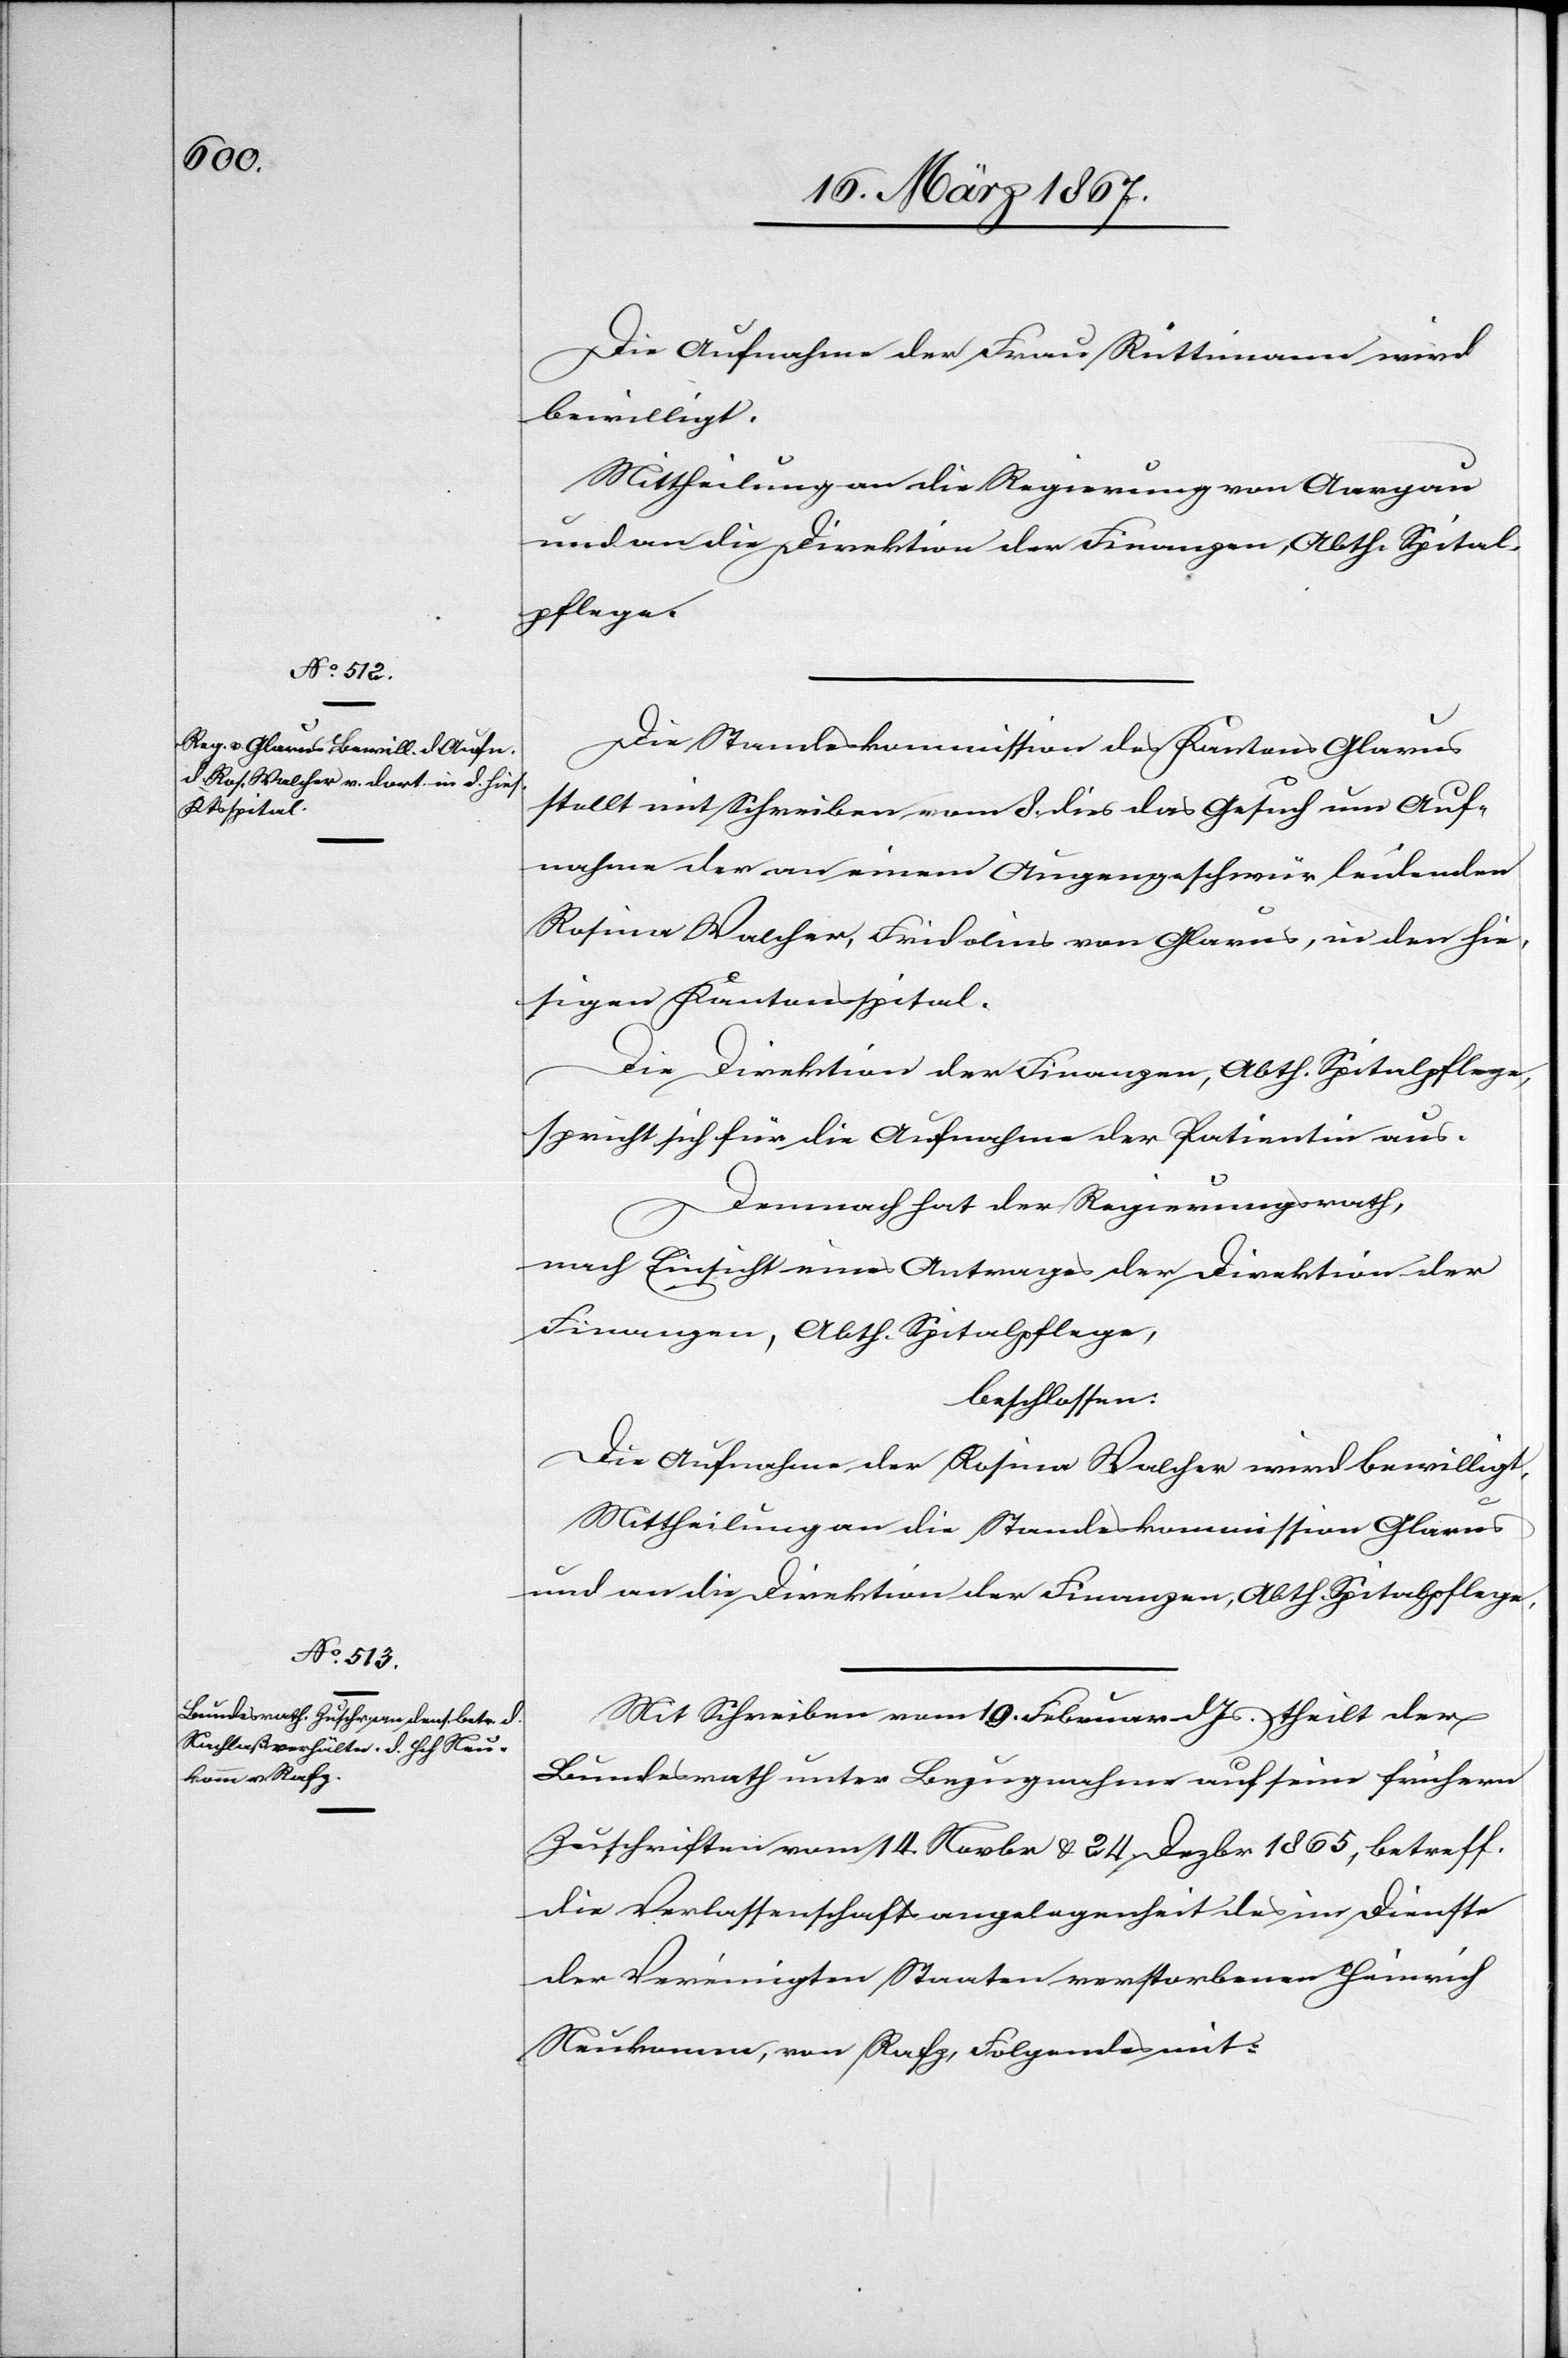
Die Aufnahme der Frau Rüttimann wird
bewilligt.
Mittheilung an die Regierung von Aargau
und an die Direktion der Finanzen, Abth. Spital¬
pflege.
Die Standeskommission des Kantons Glarus
stellt mit Schreiben vom 8. dies das Gesuch um Auf¬
nahme der an einem Augengeschwür leidenden
Rosina Walcher, Fridolins von Glarus, in den hie¬
sigen Kantonsspital.
Die Direktion der Finanzen, Abth. Spitalpflege,
spricht sich für die Aufnahme der Patientin aus.
Demnach hat der Regierungsrath,
nach Einsicht eines Antrages der Direktion der
Finanzen, Abth. Spitalpflege,
beschlossen:
Die Aufnahme der Rosina Walcher wird bewilligt.
Mittheilung an die Standeskommission Glarus
und an die Direktion der Finanzen, Abth. Spitalpflege.
Mit Schreiben vom 19. Februar d. Js theilt der
Bundesrath unter Bezugnahme auf seine frühern
Zuschriften vom 14. Novbr. u. 24. Dezbr 1865, betreff.
die Verlassenschaftsangelegenheit des im Dienste
der Vereinigten Staaten verstorbenen Heinrich
Neukomm, von Rafz, Folgendes mit: